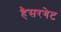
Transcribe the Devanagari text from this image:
हैसरगेट